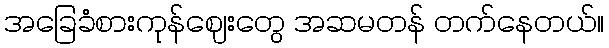
အခြေခံစားကုန်ဈေးတွေ အဆမတန် တက်နေတယ်။